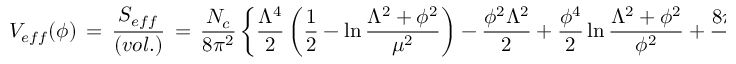
V _ { e f \/ f } ( \phi ) \, = \, \frac { S _ { e f f } } { ( v o l . ) } \, = \, \frac { N _ { c } } { 8 \pi ^ { 2 } } \left\{ \frac { \Lambda ^ { 4 } } { 2 } \left( { \frac { 1 } { 2 } } - \ln \frac { \Lambda ^ { 2 } + \phi ^ { 2 } } { \mu ^ { 2 } } \right) - \frac { \phi ^ { 2 } \Lambda ^ { 2 } } { 2 } + \frac { \phi ^ { 4 } } { 2 } \ln \frac { \Lambda ^ { 2 } + \phi ^ { 2 } } { \phi ^ { 2 } } + \frac { 8 \pi ^ { 2 } \Lambda ^ { 2 } \, \phi ^ { 2 } } { g ^ { 2 } } \right\} ,